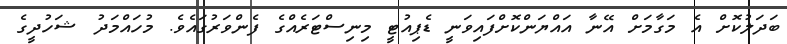
ބަދަލުކޮށް އެ މަގާމަށް އޭނާ އައްޔަންކޮށްފައިވަނީ ޑެޕިއުޓީ މިނިސްޓަރެއްގެ ފެންވަރުގައެވެ. މުހައްމަދު ޝަހުދީގެ